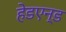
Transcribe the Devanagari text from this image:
हेडएन्ड